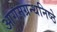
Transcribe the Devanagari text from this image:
आगमग्रन्थनिष्ठे